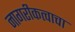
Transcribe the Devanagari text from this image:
नागरीकत्वाचा